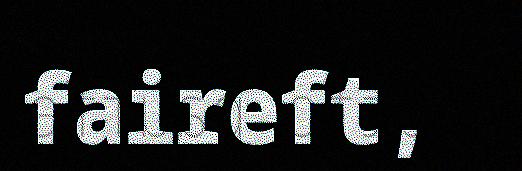
faireft,